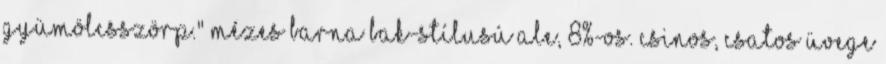
gyümölcsszörp." Mézes barna bak-stílusú ale, 8%-os. Csinos, csatos üvege